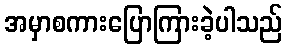
အမှာစကားပြောကြားခဲ့ပါသည်